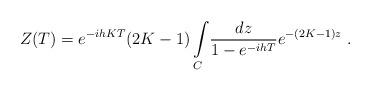
LaTeX: \begin{align*}Z(T) =e^{-ihKT}(2K-1)\int\limits_{C}\!{{dz}\over{1-e^{-ihT}}}e^{-(2K-1)z}\ .\end{align*}